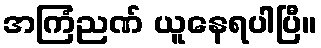
အကြံညဏ် ယူနေရပါပြီ။